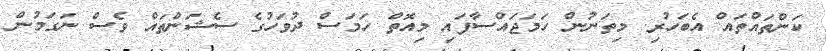
ކަންތައްތައް އެބަހުރި. މިތަނުން ހަމަޖައްސާފައި މިއޮތް ހަމަސް ދުވަހުގެ ސެޝަންތައް ވެސް ނަގަމުން